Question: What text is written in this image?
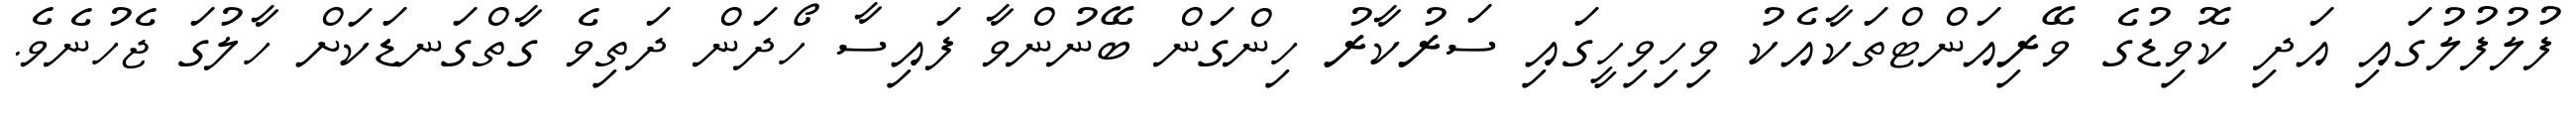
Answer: ފުލުފުލުގައި އަދި ކޮވިޑުގެ ވޭރިއަންޓްތަކާއެކު ވިހިވިހީގައި ސަރުކާރު ހިންގަން ބޭނުންވާ ފައިސާ ހޯދަން ދަތިވެ ގާތްގަނޑަކަށް ހާލުގަ ޖެހުނެވެ.